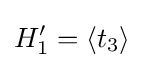
H_{1}'=\langle t_{3}\rangle